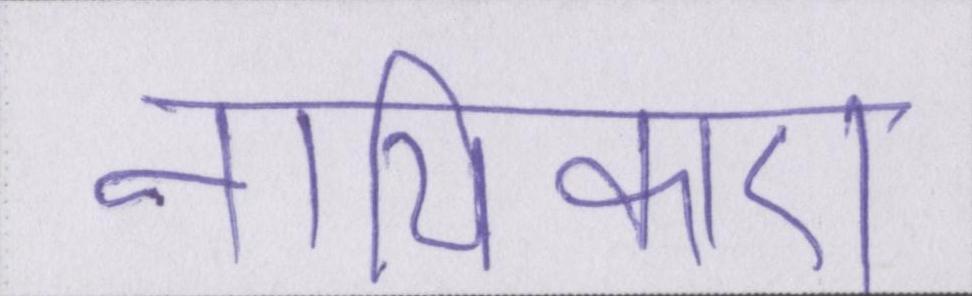
नायिकाएं